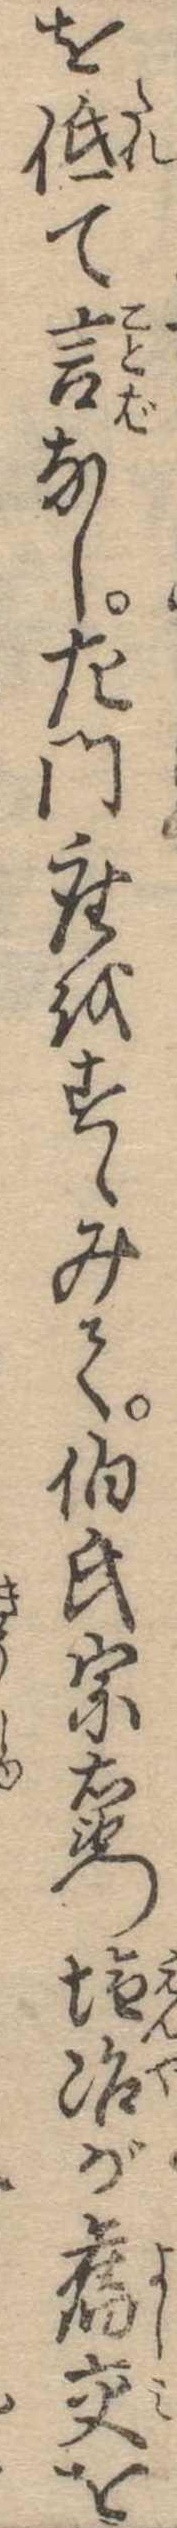
を低て言なし左門座をすゝみて伯氏宗右衛門塩冶が旧交を